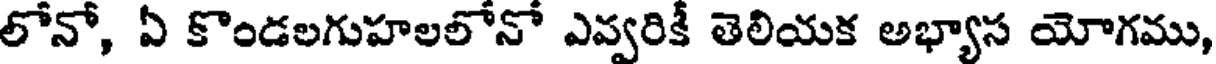
లోనో, ఏ కొండలగుహలలోనో ఎవ్వరికీ తెలియక అభ్యాస యోగము,